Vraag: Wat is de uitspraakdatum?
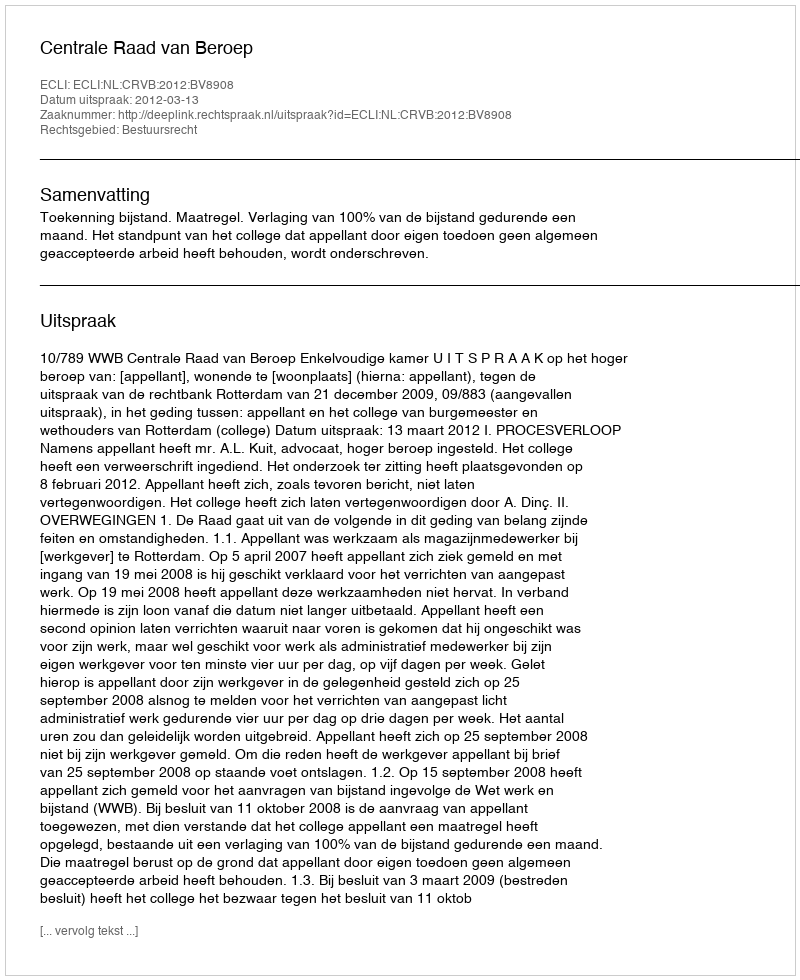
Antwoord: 2012-03-13